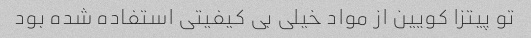
تو پیتزا کویین از مواد خیلی بی کیفیتی استفاده شده بود